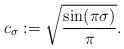
LaTeX: \begin{align*}c_{\sigma} : = \sqrt{\frac{\sin (\pi \sigma)}{\pi}} .\end{align*}